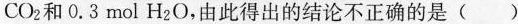
CO_{2}和0.3mol H_{2}O，由此得出的结论不正确的是 ( )